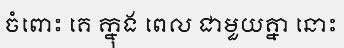
ចំពោះ គេ ក្នុង ពេល ជាមួយគ្នា នោះ